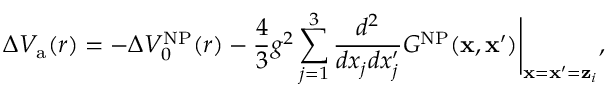
\Delta V _ { \mathrm { a } } ( r ) = - \Delta V _ { 0 } ^ { \mathrm { N P } } ( r ) - { \frac { 4 } { 3 } } g ^ { 2 } \sum _ { j = 1 } ^ { 3 } { \frac { d ^ { 2 } } { d x _ { j } d x _ { j } ^ { \prime } } } G ^ { \mathrm { N P } } ( { \bf x } , { \bf x } ^ { \prime } ) \Bigg \vert _ { { \bf x } = { \bf x } ^ { \prime } = { \bf z } _ { i } } ,